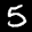
Label: 5